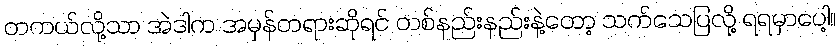
တကယ်လို့သာ အဲဒါက အမှန်တရားဆိုရင် တစ်နည်းနည်းနဲ့တော့ သက်သေပြလို့ ရရမှာပေါ့။